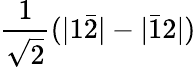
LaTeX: \frac{1}{\sqrt{2}}(|1\bar{2}|-|\bar{1}2|)